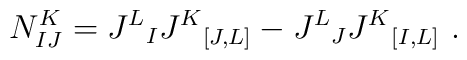
N^K_{IJ} = J^L{}_I J^K {}_ {[J, L]}- J^L{}_J J^K {}_ {[I, L]} \ .